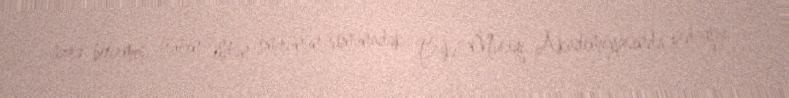
üzrə bitirmiş, həmin ildən ömrünün sonunadək Bakı Musiqi Akademiyasında pedaqoji